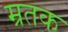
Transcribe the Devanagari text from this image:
म्रतक